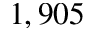
1 , 9 0 5